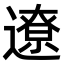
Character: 遼